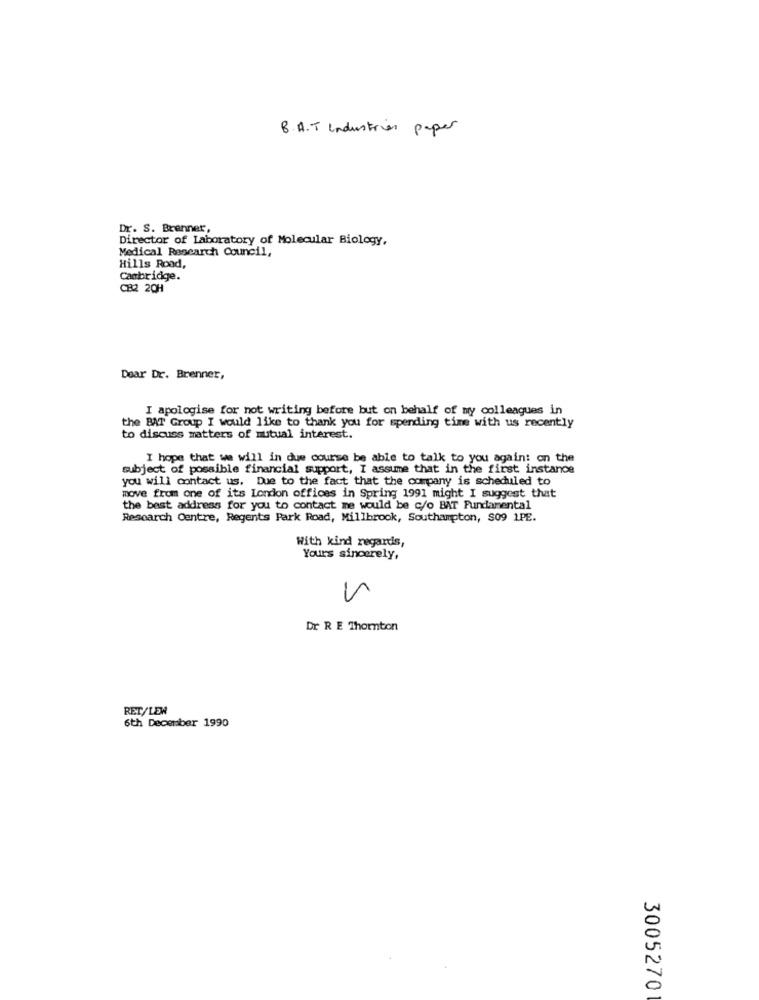
B.A.T Industrial paper
Dr. S. Brenner,
Director of Laboratory of Molecular Biology,
Medical Research Council,
Hills Road,
Cambridge.
CB2 20H
Dear Dr. Brenner,
I apologise for not writing before but on behalf of my colleagues in
the BAT Group I would like to thank you for spending time with us recently
to discuss matters of mutual interest.
I hope that we will in due course be able to talk to you again: on the
subject of possible financial support, I assume that in the first instance
you will contact us, Due to the fact that the company is scheduled to
move from one of its London offices in Spring 1991 might I suggest that
the best address for you to contact me would be c/o BAT Fundamental
Research Centre, Regents Park Road, Millbrook, Southampton, $09 1PE.
With kind regards,
Yours sincerely,
Dr R E Thornton
RET/LEW
6th December 1990
3005270